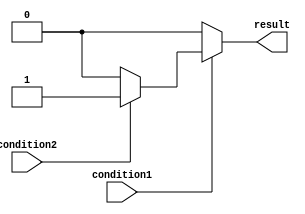
module nested_if_else_statement(
    input wire condition1,
    input wire condition2,
    output reg result
);

always @(*) begin
    if (condition1) begin
        if (condition2) begin
            result = 1; // Both conditions are true
        end
        else begin
            result = 0; // Only condition1 is true
        end
    end
    else begin
        result = 0; // condition1 is false
    end
end

endmodule